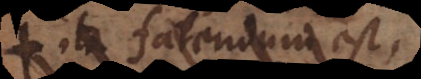
ita fatendum est,